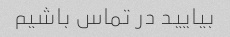
بیایید در تماس باشیم